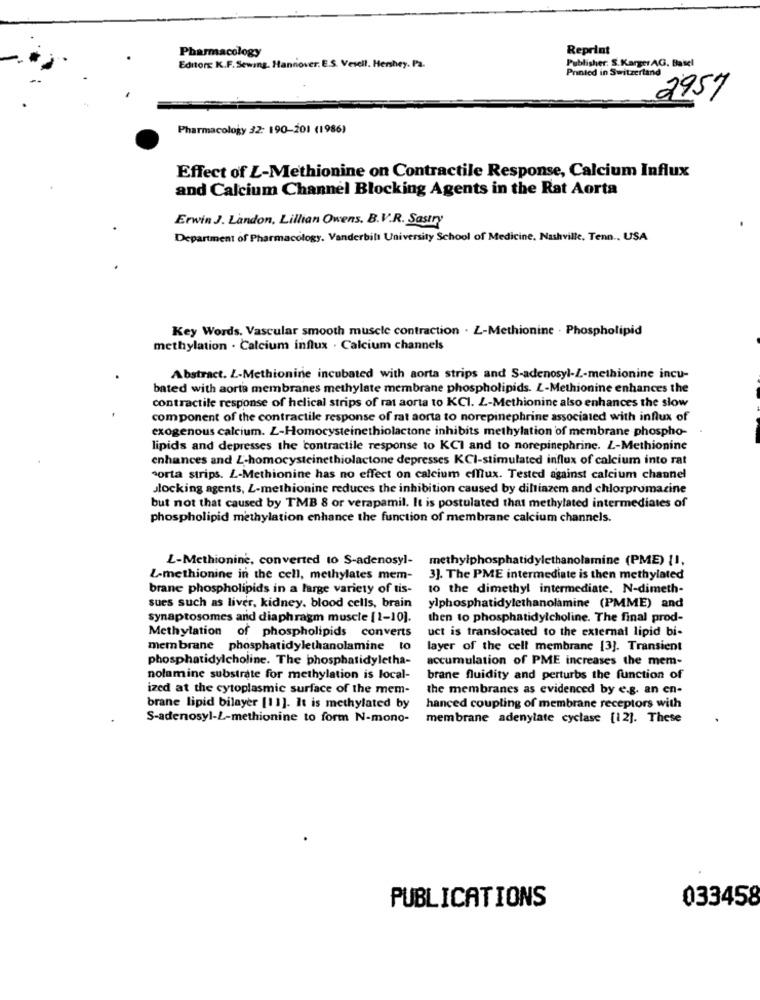
Pharmacology
Reprint
Editors K.F. Sewing, Hannover. E.S. Vesell. Hershey. Pa.
Publisher: S. Karger AG, Basel
Printed in Switzerland
2957
Pharmacology 32: 190-201 (1986)
Effect of L-Methionine on Contractile Response, Calcium Influx
and Calcium Channel Blocking Agents in the Rat Aorta
Erwin J. Landon, Lillian Owens, B.V.R. Sasıry
Department of Pharmacology. Vanderbilt University School of Medicine, Nashville, Tenn ., USA
Key Words, Vascular smooth muscle contraction . Z-Methionine . Phospholipid
methylation . Calcium influx . Calcium channels
Abstract. Z-Methionine incubated with aorta strips and S-adenosyl-L-methionine incu-
bated with aorta membranes methylate membrane phospholipids. L-Methionine enhances the
contractile response of helical strips of rat aorta to KCI. L-Methionine also enhances the slow
component of the contractile response of rat aorta to norepinephrine associated with influx of
exogenous calcium. L-Homocysteinethiolactone inhibits methylation of membrane phospho-
lipids and depresses the contractile response to KCI and to norepinephrine. L-Methionine
enhances and L-homocysteinethiolactone depresses KCI-stimulated influx of calcium into rat
corta strips. L-Methionine has no effect on calcium efflux. Tested against calcium channel
Jlocking agents, L-methionine reduces the inhibition caused by diltiazem and chlorpromazine
but not that caused by TMB 8 or verapamil. It is postulated that methylated intermediates of
phospholipid methylation enhance the function of membrane calcium channels.
L-Methionine, converted to S-adenosyl-
methyiphosphatidylethanolamine (PME) {I,
L-methionine in the cell, methylates mem-
3]. The PME intermediate is then methylated
brane phospholipids in a large variety of tis-
10 the dimethyl intermediate. N-dimeth-
sues such as liver, kidney. blood cells, brain
ylphosphatidylethanolamine (PMME) and
synaptosomes and diaphragm muscle [1-10].
then to phosphatidylcholine. The final prod-
uct is translocated to the external lipid bi-
Methylation of phospholipids converts
membrane phosphatidylethanolamine to
layer of the cell membrane [3]. Transient
phosphatidylcholine. The phosphatidyletha-
accumulation of PME increases the mem-
nolamine substrate for methylation is local-
brane fluidity and perturbs the function of
ized at the cytoplasmic surface of the mem-
the membranes as evidenced by e.g. an en-
brane lipid bilayer [11]. It is methylated by
hanced coupling of membrane receptors with
S-adenosyl-L-methionine to form N-mono-
membrane adenylate cyclase [12]. These
PUBLICATIONS
033458